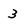
Character: 3